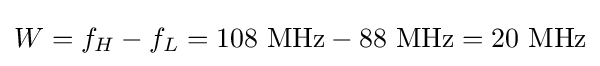
W=f_{H}-f_{L}=108\ \mathrm {MHz} -88\ \mathrm {MHz} =20\ \mathrm {MHz}